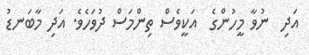
އަދި  ނުވާ މީހުންގެ  އަކީވެސް ތިންމަސް ދުވަހެވެ. އަދި މާބަނޑު